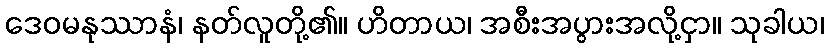
ဒေဝမနုဿာနံ၊ နတ်လူတို့၏။ ဟိတာယ၊ အစီးအပွားအလို့ငှာ။ သုခါယ၊